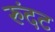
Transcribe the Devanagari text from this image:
रुंदट